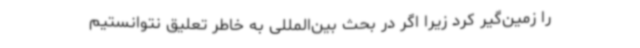
را زمین‌گیر کرد زیرا اگر در بحث بین‌المللی به خاطر تعلیق نتوانستیم